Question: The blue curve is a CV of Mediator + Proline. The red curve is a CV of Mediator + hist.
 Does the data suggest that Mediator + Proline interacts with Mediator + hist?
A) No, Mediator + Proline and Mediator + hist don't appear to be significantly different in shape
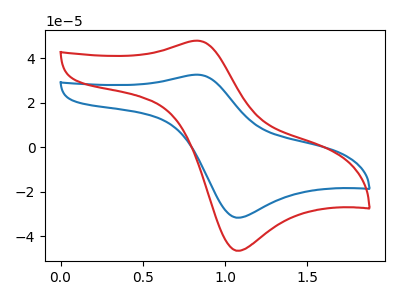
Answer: <think>The blue curve "Mediator + Proline" has an anodic peak at (0.85V, 32.55uA) and a cathodic peak at (1.05V, -31.60uA). The red curve "Mediator + hist" has an anodic peak at (0.85V, 47.80uA) and a cathodic peak at (1.05V, -46.45uA).
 All the peaks in "Mediator + Proline" have a peak in "Mediator + hist" at the same potential. Every peak in "Mediator + Proline" is lower than every peak in "Mediator + hist".</think>
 <answer>A) No, "Mediator + Proline" and "Mediator + hist" don't appear to be significantly different in shape</answer>
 <eval>A</eval>